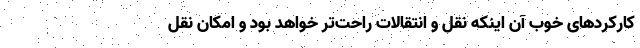
کارکردهای خوب آن اینکه نقل و انتقالات راحت‌تر خواهد بود و امکان نقل